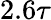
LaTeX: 2.6\tau